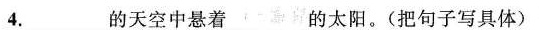
4.____的天空中悬着____的太阳。(把句子写具体)